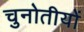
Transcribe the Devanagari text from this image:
चुनोतीयों